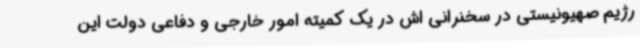
رژیم صهیونیستی در سخنرانی اش در یک کمیته امور خارجی و دفاعی دولت این